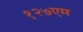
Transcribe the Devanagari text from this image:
१२७एम